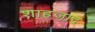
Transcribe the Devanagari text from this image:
शाहजाद